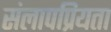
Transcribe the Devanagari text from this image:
संलापप्रियता